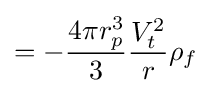
=-{\frac {4\pi r_{p}^{3}}{3}}{\frac {V_{t}^{2}}{r}}\rho _{f}